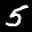
Label: 5